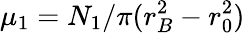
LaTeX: \mu_{1}=N_{1}/\pi(r_{B}^{2}-r_{0}^{2})